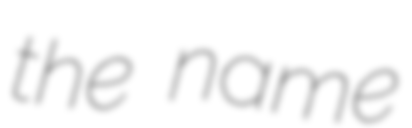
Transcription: the name